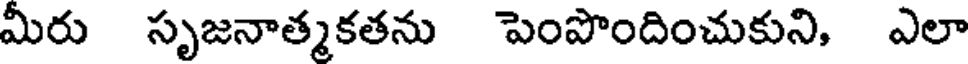
మీరు సృజనాత్మకతను పెంపొందించుకుని, ఎలా